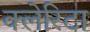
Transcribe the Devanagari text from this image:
क्लेरिटा